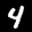
Label: 4